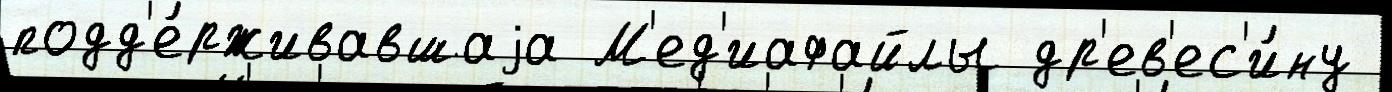
подд'е́рживавшаjа М'ед'иафайлы др'ев'ес'и́ну